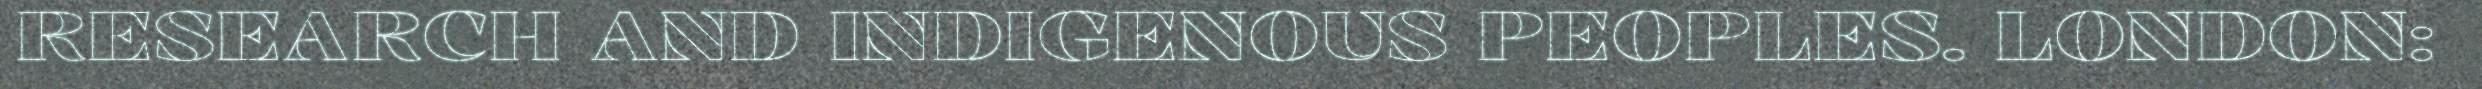
RESEARCH AND INDIGENOUS PEOPLES. LONDON: